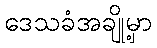
ဒေသခံအချို့မှာ